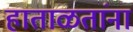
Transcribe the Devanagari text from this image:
हाताळतांना